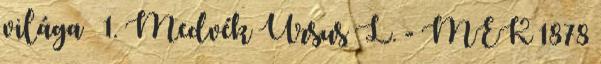
világa 1. Medvék Ursus L. - MEK 1878